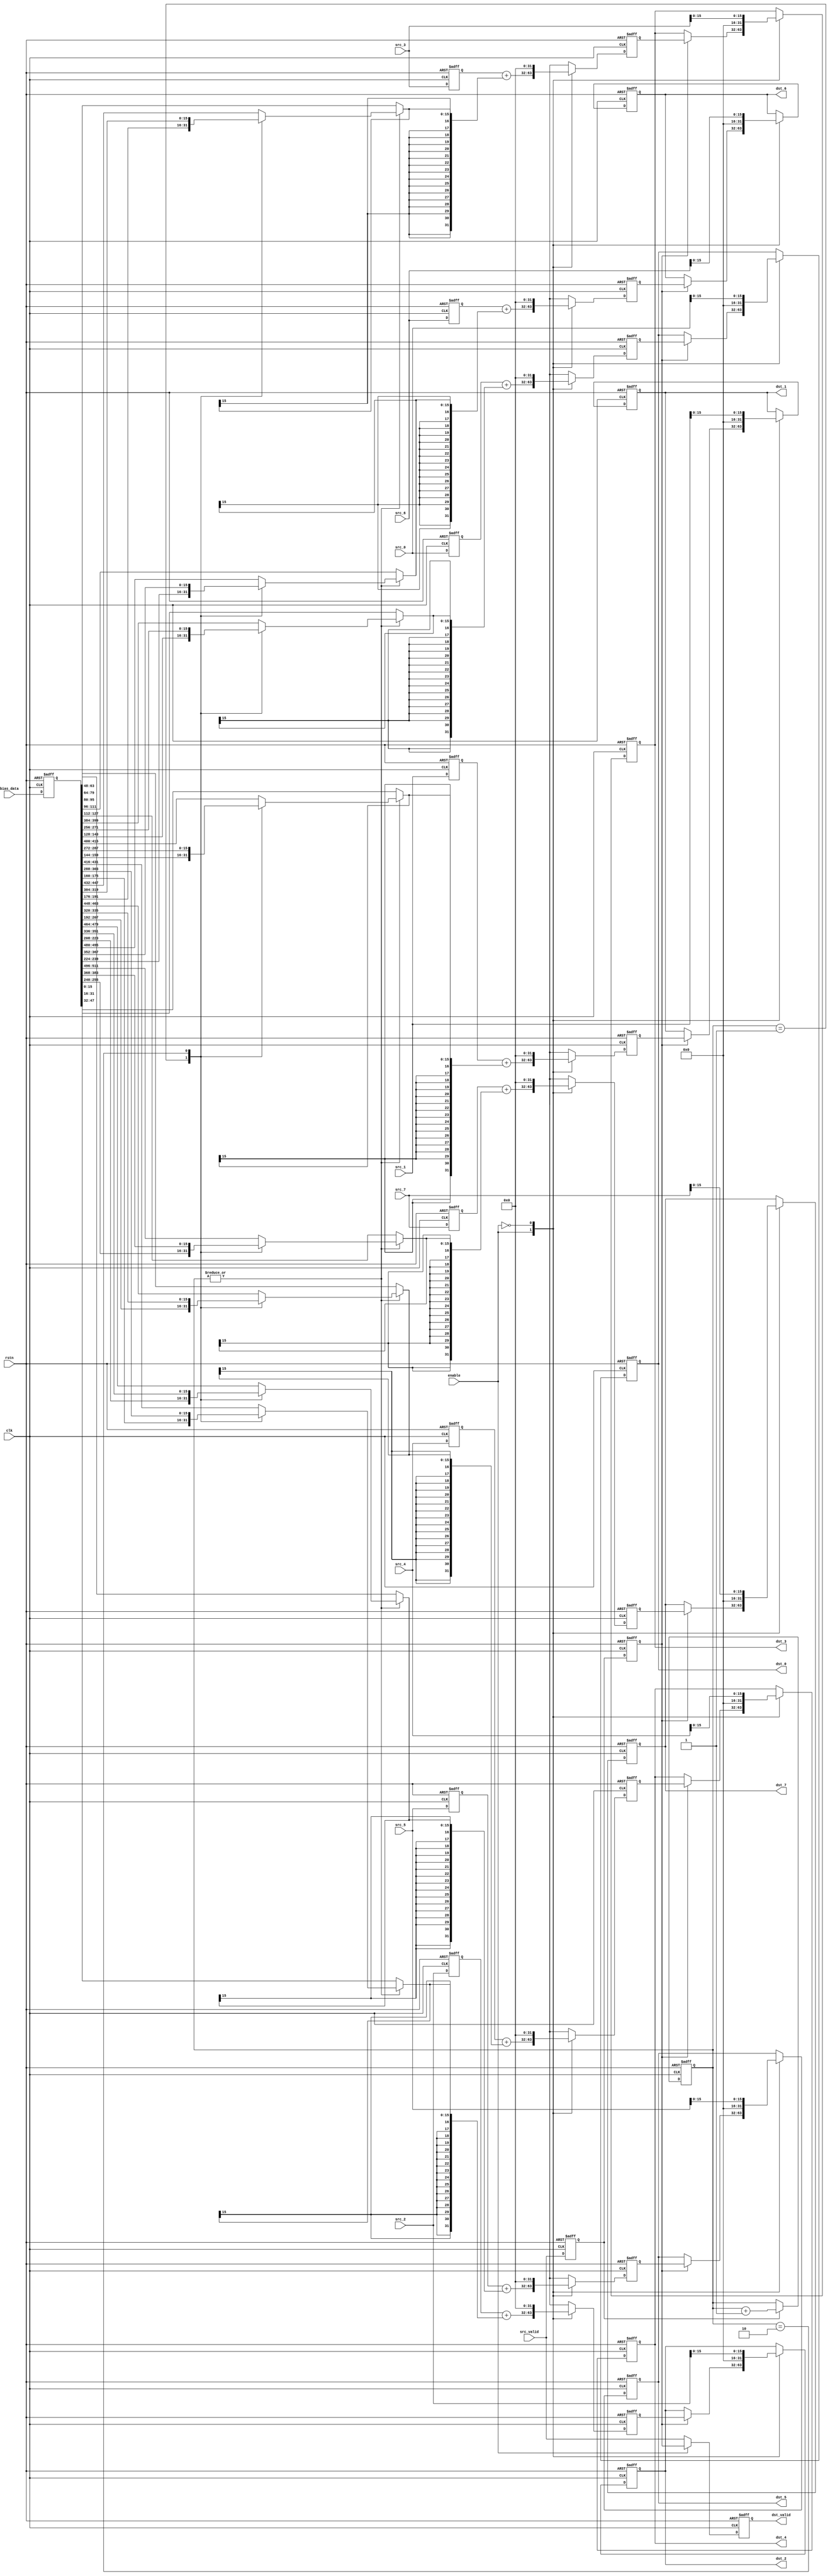
// Generated by stratus_hls 19.10-p100  (91500.011111)
// Sun Jan 17 18:55:31 2021
// from bias_add.cpp

`timescale 1ps / 1ps

      
module bias_add(clk, rstn, enable, src_valid, src_0, src_1, src_2, src_3, src_4, src_5, src_6, src_7, bias_data, dst_valid, dst_0, dst_1, dst_2, dst_3, dst_4, dst_5, dst_6, dst_7);

      input clk;
      input rstn;
      input enable;
      input src_valid;
      input [31:0] src_0;
      input [31:0] src_1;
      input [31:0] src_2;
      input [31:0] src_3;
      input [31:0] src_4;
      input [31:0] src_5;
      input [31:0] src_6;
      input [31:0] src_7;
      input [511:0] bias_data;
      output dst_valid;
      reg dst_valid;
      output [31:0] dst_0;
      reg [31:0] dst_0;
      output [31:0] dst_1;
      reg [31:0] dst_1;
      output [31:0] dst_2;
      reg [31:0] dst_2;
      output [31:0] dst_3;
      reg [31:0] dst_3;
      output [31:0] dst_4;
      reg [31:0] dst_4;
      output [31:0] dst_5;
      reg [31:0] dst_5;
      output [31:0] dst_6;
      reg [31:0] dst_6;
      output [31:0] dst_7;
      reg [31:0] dst_7;
      reg r_src_valid;
      wire[1:0] bias_add_Add2i1u2_4_2_out1;
      reg[1:0] bias_add_N_Mux_2_2_3_4_3_out1;
      wire[15:0] bias_add_N_Mux_16_2_4_1_19_in3;
      wire[15:0] bias_add_N_Mux_16_2_4_1_18_in3;
      wire[15:0] bias_add_N_Mux_16_2_4_1_17_in3;
      wire[15:0] bias_add_N_Mux_16_2_4_1_16_in3;
      wire[15:0] bias_add_N_Mux_16_2_4_1_15_in3;
      wire[15:0] bias_add_N_Mux_16_2_4_1_14_in3;
      wire[15:0] bias_add_N_Mux_16_2_4_1_13_in3;
      reg[15:0] bias_add_N_Mux_16_3_6_1_12_out1;
      wire[15:0] bias_add_N_Mux_16_3_6_1_12_in2;
      wire[15:0] bias_add_N_Mux_16_3_6_1_12_in3;
      wire[15:0] bias_add_N_Mux_16_3_6_1_12_in4;
      reg[15:0] bias_add_N_Mux_16_3_6_1_11_out1;
      wire[15:0] bias_add_N_Mux_16_3_6_1_11_in2;
      wire[15:0] bias_add_N_Mux_16_3_6_1_11_in3;
      wire[15:0] bias_add_N_Mux_16_3_6_1_11_in4;
      reg[15:0] bias_add_N_Mux_16_3_6_1_10_out1;
      wire[15:0] bias_add_N_Mux_16_3_6_1_10_in2;
      wire[15:0] bias_add_N_Mux_16_3_6_1_10_in3;
      wire[15:0] bias_add_N_Mux_16_3_6_1_10_in4;
      reg[15:0] bias_add_N_Mux_16_3_6_1_9_out1;
      wire[15:0] bias_add_N_Mux_16_3_6_1_9_in2;
      wire[15:0] bias_add_N_Mux_16_3_6_1_9_in3;
      wire[15:0] bias_add_N_Mux_16_3_6_1_9_in4;
      reg[15:0] bias_add_N_Mux_16_3_6_1_8_out1;
      wire[15:0] bias_add_N_Mux_16_3_6_1_8_in2;
      wire[15:0] bias_add_N_Mux_16_3_6_1_8_in3;
      wire[15:0] bias_add_N_Mux_16_3_6_1_8_in4;
      reg[15:0] bias_add_N_Mux_16_3_6_1_7_out1;
      wire[15:0] bias_add_N_Mux_16_3_6_1_7_in2;
      wire[15:0] bias_add_N_Mux_16_3_6_1_7_in3;
      wire[15:0] bias_add_N_Mux_16_3_6_1_7_in4;
      reg[15:0] bias_add_N_Mux_16_3_6_1_6_out1;
      wire[15:0] bias_add_N_Mux_16_3_6_1_6_in2;
      wire[15:0] bias_add_N_Mux_16_3_6_1_6_in3;
      wire[15:0] bias_add_N_Mux_16_3_6_1_6_in4;
      reg[15:0] bias_add_N_Mux_16_3_6_1_5_out1;
      wire[15:0] bias_add_N_Mux_16_3_6_1_5_in2;
      wire[15:0] bias_add_N_Mux_16_3_6_1_5_in3;
      reg[511:0] r_bias_data;
      wire[15:0] bias_add_N_Mux_16_3_6_1_5_in4;
      reg[1:0] bias_mux_cnt;
      wire bias_add_OrReduction_2U_1U_4_4_out1;
      reg[31:0] r_src_7;
      reg[15:0] bias_add_N_Mux_16_2_4_1_13_out1;
      reg[31:0] r_src_6;
      reg[15:0] bias_add_N_Mux_16_2_4_1_14_out1;
      reg[31:0] r_src_5;
      reg[15:0] bias_add_N_Mux_16_2_4_1_15_out1;
      reg[31:0] r_src_4;
      reg[15:0] bias_add_N_Mux_16_2_4_1_16_out1;
      reg[31:0] r_src_3;
      reg[15:0] bias_add_N_Mux_16_2_4_1_17_out1;
      reg[31:0] r_src_2;
      reg[15:0] bias_add_N_Mux_16_2_4_1_18_out1;
      reg[31:0] r_src_1;
      reg[15:0] bias_add_N_Mux_16_2_4_1_19_out1;
      reg[31:0] r_src_0;
      reg[15:0] bias_add_N_Mux_16_2_4_1_20_out1;
      /*signed*/wire[31:0] bias_add_Add_32Ux16S_32S_4_28_out1;
      /*signed*/wire[31:0] bias_add_Add_32Ux16S_32S_4_27_out1;
      /*signed*/wire[31:0] bias_add_Add_32Ux16S_32S_4_26_out1;
      /*signed*/wire[31:0] bias_add_Add_32Ux16S_32S_4_25_out1;
      /*signed*/wire[31:0] bias_add_Add_32Ux16S_32S_4_24_out1;
      /*signed*/wire[31:0] bias_add_Add_32Ux16S_32S_4_23_out1;
      /*signed*/wire[31:0] bias_add_Add_32Ux16S_32S_4_22_out1;
      /*signed*/wire[31:0] bias_add_Add_32Ux16S_32S_4_21_out1;
      /*signed*/reg[31:0] add_result_7;
      /*signed*/reg[31:0] add_result_6;
      /*signed*/reg[31:0] add_result_5;
      /*signed*/reg[31:0] add_result_4;
      /*signed*/reg[31:0] add_result_3;
      /*signed*/reg[31:0] add_result_2;
      /*signed*/reg[31:0] add_result_1;
      /*signed*/reg[31:0] add_result_0;
      reg r2_src_valid;
      reg bias_add_N_Muxb_1_2_2_4_1_out1;

         // rtl_process:bias_add/drive_dst_valid
         // Sharing or Control mux
         // Sharing/Controlling 2 operation(s) on drive_dst_valid
         // at: bias_add.h:155:5
         // at: bias_add.h:159:5
         always @(posedge clk or negedge rstn)
          begin :drive_dst_valid
            if (rstn == 1'b0) begin
               // op:_dst_valid/OP0
               dst_valid <= 1'd0;
            end
            else begin
               // op:_dst_valid/OP5
               dst_valid <= bias_add_N_Muxb_1_2_2_4_1_out1;
            end
         end

         // rtl_instance:bias_add/bias_add_N_Muxb_1_2_2_4
         always @(src_valid or enable or r2_src_valid)
          begin :bias_add_N_Muxb_1_2_2_4_1
            if (enable) begin
               bias_add_N_Muxb_1_2_2_4_1_out1 = r2_src_valid;
            end
            else begin
               bias_add_N_Muxb_1_2_2_4_1_out1 = src_valid;
            end
         end

         // rtl_process:bias_add/drive_dst_0
         // Sharing or Control mux
         // Sharing/Controlling 3 operation(s) on drive_dst_0
         // at: bias_add.h:136:10
         // at: bias_add.h:141:10
         // at: bias_add.h:148:10
         always @(posedge clk or negedge rstn)
          begin :drive_dst_0
            if (rstn == 1'b0) begin
               // op:_dst/OP9
               dst_0 <= 32'd0000000000;
            end
            else begin
               case (enable) 

                  1'b1:                   begin
                     if (r2_src_valid) begin
                        // op:_dst/OP22
                        dst_0 <= add_result_0;
                     end
                  end
                  
                  1'b0:                   begin
                     // op:_dst/OP38
                     dst_0 <= {16'b0000000000000000, src_0[15:0]};
                  end
                  
               endcase

            end
         end

         // rtl_process:bias_add/drive_dst_1
         // Sharing or Control mux
         // Sharing/Controlling 3 operation(s) on drive_dst_1
         // at: bias_add.h:136:10
         // at: bias_add.h:141:10
         // at: bias_add.h:148:10
         always @(posedge clk or negedge rstn)
          begin :drive_dst_1
            if (rstn == 1'b0) begin
               // op:_dst/OP10
               dst_1 <= 32'd0000000000;
            end
            else begin
               case (enable) 

                  1'b1:                   begin
                     if (r2_src_valid) begin
                        // op:_dst/OP24
                        dst_1 <= add_result_1;
                     end
                  end
                  
                  1'b0:                   begin
                     // op:_dst/OP40
                     dst_1 <= {16'b0000000000000000, src_1[15:0]};
                  end
                  
               endcase

            end
         end

         // rtl_process:bias_add/drive_dst_2
         // Sharing or Control mux
         // Sharing/Controlling 3 operation(s) on drive_dst_2
         // at: bias_add.h:136:10
         // at: bias_add.h:141:10
         // at: bias_add.h:148:10
         always @(posedge clk or negedge rstn)
          begin :drive_dst_2
            if (rstn == 1'b0) begin
               // op:_dst/OP11
               dst_2 <= 32'd0000000000;
            end
            else begin
               case (enable) 

                  1'b1:                   begin
                     if (r2_src_valid) begin
                        // op:_dst/OP26
                        dst_2 <= add_result_2;
                     end
                  end
                  
                  1'b0:                   begin
                     // op:_dst/OP42
                     dst_2 <= {16'b0000000000000000, src_2[15:0]};
                  end
                  
               endcase

            end
         end

         // rtl_process:bias_add/drive_dst_3
         // Sharing or Control mux
         // Sharing/Controlling 3 operation(s) on drive_dst_3
         // at: bias_add.h:136:10
         // at: bias_add.h:141:10
         // at: bias_add.h:148:10
         always @(posedge clk or negedge rstn)
          begin :drive_dst_3
            if (rstn == 1'b0) begin
               // op:_dst/OP12
               dst_3 <= 32'd0000000000;
            end
            else begin
               case (enable) 

                  1'b1:                   begin
                     if (r2_src_valid) begin
                        // op:_dst/OP28
                        dst_3 <= add_result_3;
                     end
                  end
                  
                  1'b0:                   begin
                     // op:_dst/OP44
                     dst_3 <= {16'b0000000000000000, src_3[15:0]};
                  end
                  
               endcase

            end
         end

         // rtl_process:bias_add/drive_dst_4
         // Sharing or Control mux
         // Sharing/Controlling 3 operation(s) on drive_dst_4
         // at: bias_add.h:136:10
         // at: bias_add.h:141:10
         // at: bias_add.h:148:10
         always @(posedge clk or negedge rstn)
          begin :drive_dst_4
            if (rstn == 1'b0) begin
               // op:_dst/OP13
               dst_4 <= 32'd0000000000;
            end
            else begin
               case (enable) 

                  1'b1:                   begin
                     if (r2_src_valid) begin
                        // op:_dst/OP30
                        dst_4 <= add_result_4;
                     end
                  end
                  
                  1'b0:                   begin
                     // op:_dst/OP46
                     dst_4 <= {16'b0000000000000000, src_4[15:0]};
                  end
                  
               endcase

            end
         end

         // rtl_process:bias_add/drive_dst_5
         // Sharing or Control mux
         // Sharing/Controlling 3 operation(s) on drive_dst_5
         // at: bias_add.h:136:10
         // at: bias_add.h:141:10
         // at: bias_add.h:148:10
         always @(posedge clk or negedge rstn)
          begin :drive_dst_5
            if (rstn == 1'b0) begin
               // op:_dst/OP14
               dst_5 <= 32'd0000000000;
            end
            else begin
               case (enable) 

                  1'b1:                   begin
                     if (r2_src_valid) begin
                        // op:_dst/OP32
                        dst_5 <= add_result_5;
                     end
                  end
                  
                  1'b0:                   begin
                     // op:_dst/OP48
                     dst_5 <= {16'b0000000000000000, src_5[15:0]};
                  end
                  
               endcase

            end
         end

         // rtl_process:bias_add/drive_dst_6
         // Sharing or Control mux
         // Sharing/Controlling 3 operation(s) on drive_dst_6
         // at: bias_add.h:136:10
         // at: bias_add.h:141:10
         // at: bias_add.h:148:10
         always @(posedge clk or negedge rstn)
          begin :drive_dst_6
            if (rstn == 1'b0) begin
               // op:_dst/OP15
               dst_6 <= 32'd0000000000;
            end
            else begin
               case (enable) 

                  1'b1:                   begin
                     if (r2_src_valid) begin
                        // op:_dst/OP34
                        dst_6 <= add_result_6;
                     end
                  end
                  
                  1'b0:                   begin
                     // op:_dst/OP50
                     dst_6 <= {16'b0000000000000000, src_6[15:0]};
                  end
                  
               endcase

            end
         end

         // rtl_process:bias_add/drive_dst_7
         // Sharing or Control mux
         // Sharing/Controlling 3 operation(s) on drive_dst_7
         // at: bias_add.h:136:10
         // at: bias_add.h:141:10
         // at: bias_add.h:148:10
         always @(posedge clk or negedge rstn)
          begin :drive_dst_7
            if (rstn == 1'b0) begin
               // op:_dst/OP16
               dst_7 <= 32'd0000000000;
            end
            else begin
               case (enable) 

                  1'b1:                   begin
                     if (r2_src_valid) begin
                        // op:_dst/OP36
                        dst_7 <= add_result_7;
                     end
                  end
                  
                  1'b0:                   begin
                     // op:_dst/OP52
                     dst_7 <= {16'b0000000000000000, src_7[15:0]};
                  end
                  
               endcase

            end
         end

         // rtl_process:bias_add/drive_add_result_0
         // Sharing or Control mux
         // Sharing/Controlling 4 operation(s) on drive_add_result_0
         // at: bias_add.h:148:14
         // at: bias_add.h:117:17
         // at: bias_add.h:127:21
         // at: bias_add.h:122:17
         always @(posedge clk or negedge rstn)
          begin :drive_add_result_0
            if (rstn == 1'b0) begin
               // op:_add/OP202
               add_result_0 <= 32'd0000000000;
            end
            else begin
               case (enable) 

                  1'b1:                   begin
                     // op:_add/OP215
                     add_result_0 <= bias_add_Add_32Ux16S_32S_4_21_out1;
                  end
                  
                  1'b0:                   begin
                     // op:_add/OP244
                     add_result_0 <= 32'd0000000000;
                  end
                  
               endcase

            end
         end

         // rtl_process:bias_add/drive_add_result_1
         // Sharing or Control mux
         // Sharing/Controlling 4 operation(s) on drive_add_result_1
         // at: bias_add.h:148:14
         // at: bias_add.h:117:17
         // at: bias_add.h:127:21
         // at: bias_add.h:122:17
         always @(posedge clk or negedge rstn)
          begin :drive_add_result_1
            if (rstn == 1'b0) begin
               // op:_add/OP203
               add_result_1 <= 32'd0000000000;
            end
            else begin
               case (enable) 

                  1'b1:                   begin
                     // op:_add/OP219
                     add_result_1 <= bias_add_Add_32Ux16S_32S_4_22_out1;
                  end
                  
                  1'b0:                   begin
                     // op:_add/OP245
                     add_result_1 <= 32'd0000000000;
                  end
                  
               endcase

            end
         end

         // rtl_process:bias_add/drive_add_result_2
         // Sharing or Control mux
         // Sharing/Controlling 4 operation(s) on drive_add_result_2
         // at: bias_add.h:148:14
         // at: bias_add.h:117:17
         // at: bias_add.h:127:21
         // at: bias_add.h:122:17
         always @(posedge clk or negedge rstn)
          begin :drive_add_result_2
            if (rstn == 1'b0) begin
               // op:_add/OP204
               add_result_2 <= 32'd0000000000;
            end
            else begin
               case (enable) 

                  1'b1:                   begin
                     // op:_add/OP223
                     add_result_2 <= bias_add_Add_32Ux16S_32S_4_23_out1;
                  end
                  
                  1'b0:                   begin
                     // op:_add/OP246
                     add_result_2 <= 32'd0000000000;
                  end
                  
               endcase

            end
         end

         // rtl_process:bias_add/drive_add_result_3
         // Sharing or Control mux
         // Sharing/Controlling 4 operation(s) on drive_add_result_3
         // at: bias_add.h:148:14
         // at: bias_add.h:117:17
         // at: bias_add.h:127:21
         // at: bias_add.h:122:17
         always @(posedge clk or negedge rstn)
          begin :drive_add_result_3
            if (rstn == 1'b0) begin
               // op:_add/OP205
               add_result_3 <= 32'd0000000000;
            end
            else begin
               case (enable) 

                  1'b1:                   begin
                     // op:_add/OP227
                     add_result_3 <= bias_add_Add_32Ux16S_32S_4_24_out1;
                  end
                  
                  1'b0:                   begin
                     // op:_add/OP247
                     add_result_3 <= 32'd0000000000;
                  end
                  
               endcase

            end
         end

         // rtl_process:bias_add/drive_add_result_4
         // Sharing or Control mux
         // Sharing/Controlling 4 operation(s) on drive_add_result_4
         // at: bias_add.h:148:14
         // at: bias_add.h:117:17
         // at: bias_add.h:127:21
         // at: bias_add.h:122:17
         always @(posedge clk or negedge rstn)
          begin :drive_add_result_4
            if (rstn == 1'b0) begin
               // op:_add/OP206
               add_result_4 <= 32'd0000000000;
            end
            else begin
               case (enable) 

                  1'b1:                   begin
                     // op:_add/OP231
                     add_result_4 <= bias_add_Add_32Ux16S_32S_4_25_out1;
                  end
                  
                  1'b0:                   begin
                     // op:_add/OP248
                     add_result_4 <= 32'd0000000000;
                  end
                  
               endcase

            end
         end

         // rtl_process:bias_add/drive_add_result_5
         // Sharing or Control mux
         // Sharing/Controlling 4 operation(s) on drive_add_result_5
         // at: bias_add.h:148:14
         // at: bias_add.h:117:17
         // at: bias_add.h:127:21
         // at: bias_add.h:122:17
         always @(posedge clk or negedge rstn)
          begin :drive_add_result_5
            if (rstn == 1'b0) begin
               // op:_add/OP207
               add_result_5 <= 32'd0000000000;
            end
            else begin
               case (enable) 

                  1'b1:                   begin
                     // op:_add/OP235
                     add_result_5 <= bias_add_Add_32Ux16S_32S_4_26_out1;
                  end
                  
                  1'b0:                   begin
                     // op:_add/OP249
                     add_result_5 <= 32'd0000000000;
                  end
                  
               endcase

            end
         end

         // rtl_process:bias_add/drive_add_result_6
         // Sharing or Control mux
         // Sharing/Controlling 4 operation(s) on drive_add_result_6
         // at: bias_add.h:148:14
         // at: bias_add.h:117:17
         // at: bias_add.h:127:21
         // at: bias_add.h:122:17
         always @(posedge clk or negedge rstn)
          begin :drive_add_result_6
            if (rstn == 1'b0) begin
               // op:_add/OP208
               add_result_6 <= 32'd0000000000;
            end
            else begin
               case (enable) 

                  1'b1:                   begin
                     // op:_add/OP239
                     add_result_6 <= bias_add_Add_32Ux16S_32S_4_27_out1;
                  end
                  
                  1'b0:                   begin
                     // op:_add/OP250
                     add_result_6 <= 32'd0000000000;
                  end
                  
               endcase

            end
         end

         // rtl_process:bias_add/drive_add_result_7
         // Sharing or Control mux
         // Sharing/Controlling 4 operation(s) on drive_add_result_7
         // at: bias_add.h:148:14
         // at: bias_add.h:117:17
         // at: bias_add.h:127:21
         // at: bias_add.h:122:17
         always @(posedge clk or negedge rstn)
          begin :drive_add_result_7
            if (rstn == 1'b0) begin
               // op:_add/OP209
               add_result_7 <= 32'd0000000000;
            end
            else begin
               case (enable) 

                  1'b1:                   begin
                     // op:_add/OP243
                     add_result_7 <= bias_add_Add_32Ux16S_32S_4_28_out1;
                  end
                  
                  1'b0:                   begin
                     // op:_add/OP251
                     add_result_7 <= 32'd0000000000;
                  end
                  
               endcase

            end
         end

         // rtl_instance:bias_add/bias_add_Add_32Ux16S_32S_4_21
         // Resource=bias_add_Add_32Ux16S_32S_4, Function=add : Inputs=32,16S Outputs=32S
         // Implements 1 operation(s)
         // at: bias_add.h:127:48
         assign bias_add_Add_32Ux16S_32S_4_21_out1 = r_src_0 + {{ 16 {bias_add_N_Mux_16_2_4_1_20_out1[15]}}, bias_add_N_Mux_16_2_4_1_20_out1};

         // rtl_instance:bias_add/bias_add_Add_32Ux16S_32S_4_22
         // Resource=bias_add_Add_32Ux16S_32S_4, Function=add : Inputs=32,16S Outputs=32S
         // Implements 1 operation(s)
         // at: bias_add.h:127:48
         assign bias_add_Add_32Ux16S_32S_4_22_out1 = r_src_1 + {{ 16 {bias_add_N_Mux_16_2_4_1_19_out1[15]}}, bias_add_N_Mux_16_2_4_1_19_out1};

         // rtl_instance:bias_add/bias_add_Add_32Ux16S_32S_4_23
         // Resource=bias_add_Add_32Ux16S_32S_4, Function=add : Inputs=32,16S Outputs=32S
         // Implements 1 operation(s)
         // at: bias_add.h:127:48
         assign bias_add_Add_32Ux16S_32S_4_23_out1 = r_src_2 + {{ 16 {bias_add_N_Mux_16_2_4_1_18_out1[15]}}, bias_add_N_Mux_16_2_4_1_18_out1};

         // rtl_instance:bias_add/bias_add_Add_32Ux16S_32S_4_24
         // Resource=bias_add_Add_32Ux16S_32S_4, Function=add : Inputs=32,16S Outputs=32S
         // Implements 1 operation(s)
         // at: bias_add.h:127:48
         assign bias_add_Add_32Ux16S_32S_4_24_out1 = r_src_3 + {{ 16 {bias_add_N_Mux_16_2_4_1_17_out1[15]}}, bias_add_N_Mux_16_2_4_1_17_out1};

         // rtl_instance:bias_add/bias_add_Add_32Ux16S_32S_4_25
         // Resource=bias_add_Add_32Ux16S_32S_4, Function=add : Inputs=32,16S Outputs=32S
         // Implements 1 operation(s)
         // at: bias_add.h:127:48
         assign bias_add_Add_32Ux16S_32S_4_25_out1 = r_src_4 + {{ 16 {bias_add_N_Mux_16_2_4_1_16_out1[15]}}, bias_add_N_Mux_16_2_4_1_16_out1};

         // rtl_instance:bias_add/bias_add_Add_32Ux16S_32S_4_26
         // Resource=bias_add_Add_32Ux16S_32S_4, Function=add : Inputs=32,16S Outputs=32S
         // Implements 1 operation(s)
         // at: bias_add.h:127:48
         assign bias_add_Add_32Ux16S_32S_4_26_out1 = r_src_5 + {{ 16 {bias_add_N_Mux_16_2_4_1_15_out1[15]}}, bias_add_N_Mux_16_2_4_1_15_out1};

         // rtl_instance:bias_add/bias_add_Add_32Ux16S_32S_4_27
         // Resource=bias_add_Add_32Ux16S_32S_4, Function=add : Inputs=32,16S Outputs=32S
         // Implements 1 operation(s)
         // at: bias_add.h:127:48
         assign bias_add_Add_32Ux16S_32S_4_27_out1 = r_src_6 + {{ 16 {bias_add_N_Mux_16_2_4_1_14_out1[15]}}, bias_add_N_Mux_16_2_4_1_14_out1};

         // rtl_instance:bias_add/bias_add_Add_32Ux16S_32S_4_28
         // Resource=bias_add_Add_32Ux16S_32S_4, Function=add : Inputs=32,16S Outputs=32S
         // Implements 1 operation(s)
         // at: bias_add.h:127:48
         assign bias_add_Add_32Ux16S_32S_4_28_out1 = r_src_7 + {{ 16 {bias_add_N_Mux_16_2_4_1_13_out1[15]}}, bias_add_N_Mux_16_2_4_1_13_out1};

         // rtl_instance:bias_add/bias_add_OrReduction_2U_1U_4_4
         // Resource=bias_add_OrReduction_2U_1U_4, Function=or : Inputs=2 Outputs=1
         // Implements 1 operation(s)
         // at: bias_add.h:63:9
         assign bias_add_OrReduction_2U_1U_4_4_out1 = (|bias_mux_cnt);

         // rtl_process:bias_add/drive_bias_add_N_Mux_16_3_6_1_5_in4
         // Sharing or Control mux
         // Sharing/Controlling 1 operation(s) on drive_bias_add_N_Mux_16_3_6_1_5_in4
         // at: bias_add.h:101:55
         assign bias_add_N_Mux_16_3_6_1_5_in4 = r_bias_data[511:496];

         // rtl_process:bias_add/drive_bias_add_N_Mux_16_3_6_1_5_in3
         // Sharing or Control mux
         // Sharing/Controlling 1 operation(s) on drive_bias_add_N_Mux_16_3_6_1_5_in3
         // at: bias_add.h:91:55
         assign bias_add_N_Mux_16_3_6_1_5_in3 = r_bias_data[383:368];

         // rtl_process:bias_add/drive_bias_add_N_Mux_16_3_6_1_5_in2
         // Sharing or Control mux
         // Sharing/Controlling 1 operation(s) on drive_bias_add_N_Mux_16_3_6_1_5_in2
         // at: bias_add.h:81:55
         assign bias_add_N_Mux_16_3_6_1_5_in2 = r_bias_data[255:240];

         // rtl_instance:bias_add/bias_add_N_Mux_16_3_6_1
         always @(bias_mux_cnt or bias_add_N_Mux_16_3_6_1_5_in4 or bias_add_N_Mux_16_3_6_1_5_in3 or bias_add_N_Mux_16_3_6_1_5_in2)
          begin :bias_add_N_Mux_16_3_6_1_5
            case (bias_mux_cnt) 

               2'd1:                begin
                  bias_add_N_Mux_16_3_6_1_5_out1 = bias_add_N_Mux_16_3_6_1_5_in2;
               end
               
               2'd2:                begin
                  bias_add_N_Mux_16_3_6_1_5_out1 = bias_add_N_Mux_16_3_6_1_5_in3;
               end
               
               default:                begin
                  bias_add_N_Mux_16_3_6_1_5_out1 = bias_add_N_Mux_16_3_6_1_5_in4;
               end
               
            endcase

         end

         // rtl_process:bias_add/drive_bias_add_N_Mux_16_3_6_1_6_in4
         // Sharing or Control mux
         // Sharing/Controlling 1 operation(s) on drive_bias_add_N_Mux_16_3_6_1_6_in4
         // at: bias_add.h:100:55
         assign bias_add_N_Mux_16_3_6_1_6_in4 = r_bias_data[495:480];

         // rtl_process:bias_add/drive_bias_add_N_Mux_16_3_6_1_6_in3
         // Sharing or Control mux
         // Sharing/Controlling 1 operation(s) on drive_bias_add_N_Mux_16_3_6_1_6_in3
         // at: bias_add.h:90:55
         assign bias_add_N_Mux_16_3_6_1_6_in3 = r_bias_data[367:352];

         // rtl_process:bias_add/drive_bias_add_N_Mux_16_3_6_1_6_in2
         // Sharing or Control mux
         // Sharing/Controlling 1 operation(s) on drive_bias_add_N_Mux_16_3_6_1_6_in2
         // at: bias_add.h:80:55
         assign bias_add_N_Mux_16_3_6_1_6_in2 = r_bias_data[239:224];

         // rtl_instance:bias_add/bias_add_N_Mux_16_3_6_1
         always @(bias_mux_cnt or bias_add_N_Mux_16_3_6_1_6_in4 or bias_add_N_Mux_16_3_6_1_6_in3 or bias_add_N_Mux_16_3_6_1_6_in2)
          begin :bias_add_N_Mux_16_3_6_1_6
            case (bias_mux_cnt) 

               2'd1:                begin
                  bias_add_N_Mux_16_3_6_1_6_out1 = bias_add_N_Mux_16_3_6_1_6_in2;
               end
               
               2'd2:                begin
                  bias_add_N_Mux_16_3_6_1_6_out1 = bias_add_N_Mux_16_3_6_1_6_in3;
               end
               
               default:                begin
                  bias_add_N_Mux_16_3_6_1_6_out1 = bias_add_N_Mux_16_3_6_1_6_in4;
               end
               
            endcase

         end

         // rtl_process:bias_add/drive_bias_add_N_Mux_16_3_6_1_7_in4
         // Sharing or Control mux
         // Sharing/Controlling 1 operation(s) on drive_bias_add_N_Mux_16_3_6_1_7_in4
         // at: bias_add.h:99:55
         assign bias_add_N_Mux_16_3_6_1_7_in4 = r_bias_data[479:464];

         // rtl_process:bias_add/drive_bias_add_N_Mux_16_3_6_1_7_in3
         // Sharing or Control mux
         // Sharing/Controlling 1 operation(s) on drive_bias_add_N_Mux_16_3_6_1_7_in3
         // at: bias_add.h:89:55
         assign bias_add_N_Mux_16_3_6_1_7_in3 = r_bias_data[351:336];

         // rtl_process:bias_add/drive_bias_add_N_Mux_16_3_6_1_7_in2
         // Sharing or Control mux
         // Sharing/Controlling 1 operation(s) on drive_bias_add_N_Mux_16_3_6_1_7_in2
         // at: bias_add.h:79:55
         assign bias_add_N_Mux_16_3_6_1_7_in2 = r_bias_data[223:208];

         // rtl_instance:bias_add/bias_add_N_Mux_16_3_6_1
         always @(bias_mux_cnt or bias_add_N_Mux_16_3_6_1_7_in4 or bias_add_N_Mux_16_3_6_1_7_in3 or bias_add_N_Mux_16_3_6_1_7_in2)
          begin :bias_add_N_Mux_16_3_6_1_7
            case (bias_mux_cnt) 

               2'd1:                begin
                  bias_add_N_Mux_16_3_6_1_7_out1 = bias_add_N_Mux_16_3_6_1_7_in2;
               end
               
               2'd2:                begin
                  bias_add_N_Mux_16_3_6_1_7_out1 = bias_add_N_Mux_16_3_6_1_7_in3;
               end
               
               default:                begin
                  bias_add_N_Mux_16_3_6_1_7_out1 = bias_add_N_Mux_16_3_6_1_7_in4;
               end
               
            endcase

         end

         // rtl_process:bias_add/drive_bias_add_N_Mux_16_3_6_1_8_in4
         // Sharing or Control mux
         // Sharing/Controlling 1 operation(s) on drive_bias_add_N_Mux_16_3_6_1_8_in4
         // at: bias_add.h:98:55
         assign bias_add_N_Mux_16_3_6_1_8_in4 = r_bias_data[463:448];

         // rtl_process:bias_add/drive_bias_add_N_Mux_16_3_6_1_8_in3
         // Sharing or Control mux
         // Sharing/Controlling 1 operation(s) on drive_bias_add_N_Mux_16_3_6_1_8_in3
         // at: bias_add.h:88:55
         assign bias_add_N_Mux_16_3_6_1_8_in3 = r_bias_data[335:320];

         // rtl_process:bias_add/drive_bias_add_N_Mux_16_3_6_1_8_in2
         // Sharing or Control mux
         // Sharing/Controlling 1 operation(s) on drive_bias_add_N_Mux_16_3_6_1_8_in2
         // at: bias_add.h:78:55
         assign bias_add_N_Mux_16_3_6_1_8_in2 = r_bias_data[207:192];

         // rtl_instance:bias_add/bias_add_N_Mux_16_3_6_1
         always @(bias_mux_cnt or bias_add_N_Mux_16_3_6_1_8_in4 or bias_add_N_Mux_16_3_6_1_8_in3 or bias_add_N_Mux_16_3_6_1_8_in2)
          begin :bias_add_N_Mux_16_3_6_1_8
            case (bias_mux_cnt) 

               2'd1:                begin
                  bias_add_N_Mux_16_3_6_1_8_out1 = bias_add_N_Mux_16_3_6_1_8_in2;
               end
               
               2'd2:                begin
                  bias_add_N_Mux_16_3_6_1_8_out1 = bias_add_N_Mux_16_3_6_1_8_in3;
               end
               
               default:                begin
                  bias_add_N_Mux_16_3_6_1_8_out1 = bias_add_N_Mux_16_3_6_1_8_in4;
               end
               
            endcase

         end

         // rtl_process:bias_add/drive_bias_add_N_Mux_16_3_6_1_9_in4
         // Sharing or Control mux
         // Sharing/Controlling 1 operation(s) on drive_bias_add_N_Mux_16_3_6_1_9_in4
         // at: bias_add.h:97:55
         assign bias_add_N_Mux_16_3_6_1_9_in4 = r_bias_data[447:432];

         // rtl_process:bias_add/drive_bias_add_N_Mux_16_3_6_1_9_in3
         // Sharing or Control mux
         // Sharing/Controlling 1 operation(s) on drive_bias_add_N_Mux_16_3_6_1_9_in3
         // at: bias_add.h:87:55
         assign bias_add_N_Mux_16_3_6_1_9_in3 = r_bias_data[319:304];

         // rtl_process:bias_add/drive_bias_add_N_Mux_16_3_6_1_9_in2
         // Sharing or Control mux
         // Sharing/Controlling 1 operation(s) on drive_bias_add_N_Mux_16_3_6_1_9_in2
         // at: bias_add.h:77:55
         assign bias_add_N_Mux_16_3_6_1_9_in2 = r_bias_data[191:176];

         // rtl_instance:bias_add/bias_add_N_Mux_16_3_6_1
         always @(bias_mux_cnt or bias_add_N_Mux_16_3_6_1_9_in4 or bias_add_N_Mux_16_3_6_1_9_in3 or bias_add_N_Mux_16_3_6_1_9_in2)
          begin :bias_add_N_Mux_16_3_6_1_9
            case (bias_mux_cnt) 

               2'd1:                begin
                  bias_add_N_Mux_16_3_6_1_9_out1 = bias_add_N_Mux_16_3_6_1_9_in2;
               end
               
               2'd2:                begin
                  bias_add_N_Mux_16_3_6_1_9_out1 = bias_add_N_Mux_16_3_6_1_9_in3;
               end
               
               default:                begin
                  bias_add_N_Mux_16_3_6_1_9_out1 = bias_add_N_Mux_16_3_6_1_9_in4;
               end
               
            endcase

         end

         // rtl_process:bias_add/drive_bias_add_N_Mux_16_3_6_1_10_in4
         // Sharing or Control mux
         // Sharing/Controlling 1 operation(s) on drive_bias_add_N_Mux_16_3_6_1_10_in4
         // at: bias_add.h:96:55
         assign bias_add_N_Mux_16_3_6_1_10_in4 = r_bias_data[431:416];

         // rtl_process:bias_add/drive_bias_add_N_Mux_16_3_6_1_10_in3
         // Sharing or Control mux
         // Sharing/Controlling 1 operation(s) on drive_bias_add_N_Mux_16_3_6_1_10_in3
         // at: bias_add.h:86:55
         assign bias_add_N_Mux_16_3_6_1_10_in3 = r_bias_data[303:288];

         // rtl_process:bias_add/drive_bias_add_N_Mux_16_3_6_1_10_in2
         // Sharing or Control mux
         // Sharing/Controlling 1 operation(s) on drive_bias_add_N_Mux_16_3_6_1_10_in2
         // at: bias_add.h:76:55
         assign bias_add_N_Mux_16_3_6_1_10_in2 = r_bias_data[175:160];

         // rtl_instance:bias_add/bias_add_N_Mux_16_3_6_1
         always @(bias_mux_cnt or bias_add_N_Mux_16_3_6_1_10_in4 or bias_add_N_Mux_16_3_6_1_10_in3 or bias_add_N_Mux_16_3_6_1_10_in2)
          begin :bias_add_N_Mux_16_3_6_1_10
            case (bias_mux_cnt) 

               2'd1:                begin
                  bias_add_N_Mux_16_3_6_1_10_out1 = bias_add_N_Mux_16_3_6_1_10_in2;
               end
               
               2'd2:                begin
                  bias_add_N_Mux_16_3_6_1_10_out1 = bias_add_N_Mux_16_3_6_1_10_in3;
               end
               
               default:                begin
                  bias_add_N_Mux_16_3_6_1_10_out1 = bias_add_N_Mux_16_3_6_1_10_in4;
               end
               
            endcase

         end

         // rtl_process:bias_add/drive_bias_add_N_Mux_16_3_6_1_11_in4
         // Sharing or Control mux
         // Sharing/Controlling 1 operation(s) on drive_bias_add_N_Mux_16_3_6_1_11_in4
         // at: bias_add.h:95:55
         assign bias_add_N_Mux_16_3_6_1_11_in4 = r_bias_data[415:400];

         // rtl_process:bias_add/drive_bias_add_N_Mux_16_3_6_1_11_in3
         // Sharing or Control mux
         // Sharing/Controlling 1 operation(s) on drive_bias_add_N_Mux_16_3_6_1_11_in3
         // at: bias_add.h:85:55
         assign bias_add_N_Mux_16_3_6_1_11_in3 = r_bias_data[287:272];

         // rtl_process:bias_add/drive_bias_add_N_Mux_16_3_6_1_11_in2
         // Sharing or Control mux
         // Sharing/Controlling 1 operation(s) on drive_bias_add_N_Mux_16_3_6_1_11_in2
         // at: bias_add.h:75:55
         assign bias_add_N_Mux_16_3_6_1_11_in2 = r_bias_data[159:144];

         // rtl_instance:bias_add/bias_add_N_Mux_16_3_6_1
         always @(bias_mux_cnt or bias_add_N_Mux_16_3_6_1_11_in4 or bias_add_N_Mux_16_3_6_1_11_in3 or bias_add_N_Mux_16_3_6_1_11_in2)
          begin :bias_add_N_Mux_16_3_6_1_11
            case (bias_mux_cnt) 

               2'd1:                begin
                  bias_add_N_Mux_16_3_6_1_11_out1 = bias_add_N_Mux_16_3_6_1_11_in2;
               end
               
               2'd2:                begin
                  bias_add_N_Mux_16_3_6_1_11_out1 = bias_add_N_Mux_16_3_6_1_11_in3;
               end
               
               default:                begin
                  bias_add_N_Mux_16_3_6_1_11_out1 = bias_add_N_Mux_16_3_6_1_11_in4;
               end
               
            endcase

         end

         // rtl_process:bias_add/drive_bias_add_N_Mux_16_3_6_1_12_in4
         // Sharing or Control mux
         // Sharing/Controlling 1 operation(s) on drive_bias_add_N_Mux_16_3_6_1_12_in4
         // at: bias_add.h:94:55
         assign bias_add_N_Mux_16_3_6_1_12_in4 = r_bias_data[399:384];

         // rtl_process:bias_add/drive_bias_add_N_Mux_16_3_6_1_12_in3
         // Sharing or Control mux
         // Sharing/Controlling 1 operation(s) on drive_bias_add_N_Mux_16_3_6_1_12_in3
         // at: bias_add.h:84:55
         assign bias_add_N_Mux_16_3_6_1_12_in3 = r_bias_data[271:256];

         // rtl_process:bias_add/drive_bias_add_N_Mux_16_3_6_1_12_in2
         // Sharing or Control mux
         // Sharing/Controlling 1 operation(s) on drive_bias_add_N_Mux_16_3_6_1_12_in2
         // at: bias_add.h:74:55
         assign bias_add_N_Mux_16_3_6_1_12_in2 = r_bias_data[143:128];

         // rtl_instance:bias_add/bias_add_N_Mux_16_3_6_1
         always @(bias_mux_cnt or bias_add_N_Mux_16_3_6_1_12_in4 or bias_add_N_Mux_16_3_6_1_12_in3 or bias_add_N_Mux_16_3_6_1_12_in2)
          begin :bias_add_N_Mux_16_3_6_1_12
            case (bias_mux_cnt) 

               2'd1:                begin
                  bias_add_N_Mux_16_3_6_1_12_out1 = bias_add_N_Mux_16_3_6_1_12_in2;
               end
               
               2'd2:                begin
                  bias_add_N_Mux_16_3_6_1_12_out1 = bias_add_N_Mux_16_3_6_1_12_in3;
               end
               
               default:                begin
                  bias_add_N_Mux_16_3_6_1_12_out1 = bias_add_N_Mux_16_3_6_1_12_in4;
               end
               
            endcase

         end

         // rtl_process:bias_add/drive_bias_add_N_Mux_16_2_4_1_13_in3
         // Sharing or Control mux
         // Sharing/Controlling 1 operation(s) on drive_bias_add_N_Mux_16_2_4_1_13_in3
         // at: bias_add.h:71:55
         assign bias_add_N_Mux_16_2_4_1_13_in3 = r_bias_data[127:112];

         // rtl_instance:bias_add/bias_add_N_Mux_16_2_4_1
         always @(bias_add_OrReduction_2U_1U_4_4_out1 or bias_add_N_Mux_16_3_6_1_5_out1 or bias_add_N_Mux_16_2_4_1_13_in3)
          begin :bias_add_N_Mux_16_2_4_1_13
            if (bias_add_OrReduction_2U_1U_4_4_out1) begin
               bias_add_N_Mux_16_2_4_1_13_out1 = bias_add_N_Mux_16_3_6_1_5_out1;
            end
            else begin
               bias_add_N_Mux_16_2_4_1_13_out1 = bias_add_N_Mux_16_2_4_1_13_in3;
            end
         end

         // rtl_process:bias_add/drive_bias_add_N_Mux_16_2_4_1_14_in3
         // Sharing or Control mux
         // Sharing/Controlling 1 operation(s) on drive_bias_add_N_Mux_16_2_4_1_14_in3
         // at: bias_add.h:70:55
         assign bias_add_N_Mux_16_2_4_1_14_in3 = r_bias_data[111:96];

         // rtl_instance:bias_add/bias_add_N_Mux_16_2_4_1
         always @(bias_add_OrReduction_2U_1U_4_4_out1 or bias_add_N_Mux_16_3_6_1_6_out1 or bias_add_N_Mux_16_2_4_1_14_in3)
          begin :bias_add_N_Mux_16_2_4_1_14
            if (bias_add_OrReduction_2U_1U_4_4_out1) begin
               bias_add_N_Mux_16_2_4_1_14_out1 = bias_add_N_Mux_16_3_6_1_6_out1;
            end
            else begin
               bias_add_N_Mux_16_2_4_1_14_out1 = bias_add_N_Mux_16_2_4_1_14_in3;
            end
         end

         // rtl_process:bias_add/drive_bias_add_N_Mux_16_2_4_1_15_in3
         // Sharing or Control mux
         // Sharing/Controlling 1 operation(s) on drive_bias_add_N_Mux_16_2_4_1_15_in3
         // at: bias_add.h:69:55
         assign bias_add_N_Mux_16_2_4_1_15_in3 = r_bias_data[95:80];

         // rtl_instance:bias_add/bias_add_N_Mux_16_2_4_1
         always @(bias_add_OrReduction_2U_1U_4_4_out1 or bias_add_N_Mux_16_3_6_1_7_out1 or bias_add_N_Mux_16_2_4_1_15_in3)
          begin :bias_add_N_Mux_16_2_4_1_15
            if (bias_add_OrReduction_2U_1U_4_4_out1) begin
               bias_add_N_Mux_16_2_4_1_15_out1 = bias_add_N_Mux_16_3_6_1_7_out1;
            end
            else begin
               bias_add_N_Mux_16_2_4_1_15_out1 = bias_add_N_Mux_16_2_4_1_15_in3;
            end
         end

         // rtl_process:bias_add/drive_bias_add_N_Mux_16_2_4_1_16_in3
         // Sharing or Control mux
         // Sharing/Controlling 1 operation(s) on drive_bias_add_N_Mux_16_2_4_1_16_in3
         // at: bias_add.h:68:55
         assign bias_add_N_Mux_16_2_4_1_16_in3 = r_bias_data[79:64];

         // rtl_instance:bias_add/bias_add_N_Mux_16_2_4_1
         always @(bias_add_OrReduction_2U_1U_4_4_out1 or bias_add_N_Mux_16_3_6_1_8_out1 or bias_add_N_Mux_16_2_4_1_16_in3)
          begin :bias_add_N_Mux_16_2_4_1_16
            if (bias_add_OrReduction_2U_1U_4_4_out1) begin
               bias_add_N_Mux_16_2_4_1_16_out1 = bias_add_N_Mux_16_3_6_1_8_out1;
            end
            else begin
               bias_add_N_Mux_16_2_4_1_16_out1 = bias_add_N_Mux_16_2_4_1_16_in3;
            end
         end

         // rtl_process:bias_add/drive_bias_add_N_Mux_16_2_4_1_17_in3
         // Sharing or Control mux
         // Sharing/Controlling 1 operation(s) on drive_bias_add_N_Mux_16_2_4_1_17_in3
         // at: bias_add.h:67:55
         assign bias_add_N_Mux_16_2_4_1_17_in3 = r_bias_data[63:48];

         // rtl_instance:bias_add/bias_add_N_Mux_16_2_4_1
         always @(bias_add_OrReduction_2U_1U_4_4_out1 or bias_add_N_Mux_16_3_6_1_9_out1 or bias_add_N_Mux_16_2_4_1_17_in3)
          begin :bias_add_N_Mux_16_2_4_1_17
            if (bias_add_OrReduction_2U_1U_4_4_out1) begin
               bias_add_N_Mux_16_2_4_1_17_out1 = bias_add_N_Mux_16_3_6_1_9_out1;
            end
            else begin
               bias_add_N_Mux_16_2_4_1_17_out1 = bias_add_N_Mux_16_2_4_1_17_in3;
            end
         end

         // rtl_process:bias_add/drive_bias_add_N_Mux_16_2_4_1_18_in3
         // Sharing or Control mux
         // Sharing/Controlling 1 operation(s) on drive_bias_add_N_Mux_16_2_4_1_18_in3
         // at: bias_add.h:66:55
         assign bias_add_N_Mux_16_2_4_1_18_in3 = r_bias_data[47:32];

         // rtl_instance:bias_add/bias_add_N_Mux_16_2_4_1
         always @(bias_add_OrReduction_2U_1U_4_4_out1 or bias_add_N_Mux_16_3_6_1_10_out1 or bias_add_N_Mux_16_2_4_1_18_in3)
          begin :bias_add_N_Mux_16_2_4_1_18
            if (bias_add_OrReduction_2U_1U_4_4_out1) begin
               bias_add_N_Mux_16_2_4_1_18_out1 = bias_add_N_Mux_16_3_6_1_10_out1;
            end
            else begin
               bias_add_N_Mux_16_2_4_1_18_out1 = bias_add_N_Mux_16_2_4_1_18_in3;
            end
         end

         // rtl_process:bias_add/drive_bias_add_N_Mux_16_2_4_1_19_in3
         // Sharing or Control mux
         // Sharing/Controlling 1 operation(s) on drive_bias_add_N_Mux_16_2_4_1_19_in3
         // at: bias_add.h:65:55
         assign bias_add_N_Mux_16_2_4_1_19_in3 = r_bias_data[31:16];

         // rtl_instance:bias_add/bias_add_N_Mux_16_2_4_1
         always @(bias_add_OrReduction_2U_1U_4_4_out1 or bias_add_N_Mux_16_3_6_1_11_out1 or bias_add_N_Mux_16_2_4_1_19_in3)
          begin :bias_add_N_Mux_16_2_4_1_19
            if (bias_add_OrReduction_2U_1U_4_4_out1) begin
               bias_add_N_Mux_16_2_4_1_19_out1 = bias_add_N_Mux_16_3_6_1_11_out1;
            end
            else begin
               bias_add_N_Mux_16_2_4_1_19_out1 = bias_add_N_Mux_16_2_4_1_19_in3;
            end
         end

         // rtl_instance:bias_add/bias_add_N_Mux_16_2_4_1
         always @(r_bias_data[15:0] or bias_add_OrReduction_2U_1U_4_4_out1 or bias_add_N_Mux_16_3_6_1_12_out1)
          begin :bias_add_N_Mux_16_2_4_1_20
            if (bias_add_OrReduction_2U_1U_4_4_out1) begin
               bias_add_N_Mux_16_2_4_1_20_out1 = bias_add_N_Mux_16_3_6_1_12_out1;
            end
            else begin
               bias_add_N_Mux_16_2_4_1_20_out1 = r_bias_data[15:0];
            end
         end

         // rtl_process:bias_add/drive_bias_mux_cnt
         // Sharing or Control mux
         // Sharing/Controlling 4 operation(s) on drive_bias_mux_cnt
         // at: bias_add.h:53:7
         // at: bias_add.h:57:7
         // at: bias_add.h:63:9
         always @(posedge clk or negedge rstn)
          begin :drive_bias_mux_cnt
            if (rstn == 1'b0) begin
               // op:_bias_mux_cnt/OP53
               bias_mux_cnt <= 2'd0;
            end
            else begin
               // op:_bias_mux_cnt/OP59
               bias_mux_cnt <= bias_add_N_Mux_2_2_3_4_3_out1;
            end
         end

         // rtl_instance:bias_add/bias_add_Add2i1u2_4_2
         // Resource=bias_add_Add2i1u2_4, Function=add : Inputs=2 Outputs=2
         // Implements 1 operation(s)
         // at: bias_add.h:57:42
         assign bias_add_Add2i1u2_4_2_out1 = bias_mux_cnt + 2'd1;

         // rtl_instance:bias_add/bias_add_N_Mux_2_2_3_4
         always @(bias_mux_cnt or r_src_valid or bias_add_Add2i1u2_4_2_out1)
          begin :bias_add_N_Mux_2_2_3_4_3
            if (r_src_valid) begin
               bias_add_N_Mux_2_2_3_4_3_out1 = bias_add_Add2i1u2_4_2_out1;
            end
            else begin
               bias_add_N_Mux_2_2_3_4_3_out1 = bias_mux_cnt;
            end
         end

         // rtl_process:bias_add/drive_r2_src_valid
         // Sharing or Control mux
         // Sharing/Controlling 3 operation(s) on drive_r2_src_valid
         // at: bias_add.h:44:7
         // at: bias_add.h:35:7
         always @(posedge clk or negedge rstn)
          begin :drive_r2_src_valid
            if (rstn == 1'b0) begin
               // op:_delay/OP73
               r2_src_valid <= 1'd0;
            end
            else begin
               // op:_delay/OP92
               r2_src_valid <= r_src_valid;
            end
         end

         // rtl_process:bias_add/drive_r_bias_data
         // Sharing or Control mux
         // Sharing/Controlling 3 operation(s) on drive_r_bias_data
         // at: bias_add.h:37:7
         // at: bias_add.h:46:7
         // at: bias_add.h:77:36
         always @(posedge clk or negedge rstn)
          begin :drive_r_bias_data
            if (rstn == 1'b0) begin
               // op:_delay/OP75
               r_bias_data <= 512'd0;
            end
            else begin
               // op:_delay/OP90
               r_bias_data <= bias_data;
            end
         end

         // rtl_process:bias_add/drive_r_src_valid
         // Sharing or Control mux
         // Sharing/Controlling 4 operation(s) on drive_r_src_valid
         // at: bias_add.h:56:13
         // at: bias_add.h:34:7
         // at: bias_add.h:43:7
         always @(posedge clk or negedge rstn)
          begin :drive_r_src_valid
            if (rstn == 1'b0) begin
               // op:_delay/OP72
               r_src_valid <= 1'd0;
            end
            else begin
               // op:_delay/OP93
               r_src_valid <= src_valid;
            end
         end

         // rtl_process:bias_add/drive_r_src_0
         // Sharing or Control mux
         // Sharing/Controlling 3 operation(s) on drive_r_src_0
         // at: bias_add.h:32:14
         // at: bias_add.h:41:14
         // at: bias_add.h:127:28
         always @(posedge clk or negedge rstn)
          begin :drive_r_src_0
            if (rstn == 1'b0) begin
               // op:_delay/OP64
               r_src_0 <= 32'd0000000000;
            end
            else begin
               // op:_delay/OP101
               r_src_0 <= src_0;
            end
         end

         // rtl_process:bias_add/drive_r_src_1
         // Sharing or Control mux
         // Sharing/Controlling 3 operation(s) on drive_r_src_1
         // at: bias_add.h:32:14
         // at: bias_add.h:41:14
         // at: bias_add.h:127:28
         always @(posedge clk or negedge rstn)
          begin :drive_r_src_1
            if (rstn == 1'b0) begin
               // op:_delay/OP65
               r_src_1 <= 32'd0000000000;
            end
            else begin
               // op:_delay/OP100
               r_src_1 <= src_1;
            end
         end

         // rtl_process:bias_add/drive_r_src_2
         // Sharing or Control mux
         // Sharing/Controlling 3 operation(s) on drive_r_src_2
         // at: bias_add.h:32:14
         // at: bias_add.h:41:14
         // at: bias_add.h:127:28
         always @(posedge clk or negedge rstn)
          begin :drive_r_src_2
            if (rstn == 1'b0) begin
               // op:_delay/OP66
               r_src_2 <= 32'd0000000000;
            end
            else begin
               // op:_delay/OP99
               r_src_2 <= src_2;
            end
         end

         // rtl_process:bias_add/drive_r_src_3
         // Sharing or Control mux
         // Sharing/Controlling 3 operation(s) on drive_r_src_3
         // at: bias_add.h:32:14
         // at: bias_add.h:41:14
         // at: bias_add.h:127:28
         always @(posedge clk or negedge rstn)
          begin :drive_r_src_3
            if (rstn == 1'b0) begin
               // op:_delay/OP67
               r_src_3 <= 32'd0000000000;
            end
            else begin
               // op:_delay/OP98
               r_src_3 <= src_3;
            end
         end

         // rtl_process:bias_add/drive_r_src_4
         // Sharing or Control mux
         // Sharing/Controlling 3 operation(s) on drive_r_src_4
         // at: bias_add.h:32:14
         // at: bias_add.h:41:14
         // at: bias_add.h:127:28
         always @(posedge clk or negedge rstn)
          begin :drive_r_src_4
            if (rstn == 1'b0) begin
               // op:_delay/OP68
               r_src_4 <= 32'd0000000000;
            end
            else begin
               // op:_delay/OP97
               r_src_4 <= src_4;
            end
         end

         // rtl_process:bias_add/drive_r_src_5
         // Sharing or Control mux
         // Sharing/Controlling 3 operation(s) on drive_r_src_5
         // at: bias_add.h:32:14
         // at: bias_add.h:41:14
         // at: bias_add.h:127:28
         always @(posedge clk or negedge rstn)
          begin :drive_r_src_5
            if (rstn == 1'b0) begin
               // op:_delay/OP69
               r_src_5 <= 32'd0000000000;
            end
            else begin
               // op:_delay/OP96
               r_src_5 <= src_5;
            end
         end

         // rtl_process:bias_add/drive_r_src_6
         // Sharing or Control mux
         // Sharing/Controlling 3 operation(s) on drive_r_src_6
         // at: bias_add.h:32:14
         // at: bias_add.h:41:14
         // at: bias_add.h:127:28
         always @(posedge clk or negedge rstn)
          begin :drive_r_src_6
            if (rstn == 1'b0) begin
               // op:_delay/OP70
               r_src_6 <= 32'd0000000000;
            end
            else begin
               // op:_delay/OP95
               r_src_6 <= src_6;
            end
         end

         // rtl_process:bias_add/drive_r_src_7
         // Sharing or Control mux
         // Sharing/Controlling 3 operation(s) on drive_r_src_7
         // at: bias_add.h:32:14
         // at: bias_add.h:41:14
         // at: bias_add.h:127:28
         always @(posedge clk or negedge rstn)
          begin :drive_r_src_7
            if (rstn == 1'b0) begin
               // op:_delay/OP71
               r_src_7 <= 32'd0000000000;
            end
            else begin
               // op:_delay/OP94
               r_src_7 <= src_7;
            end
         end


endmodule